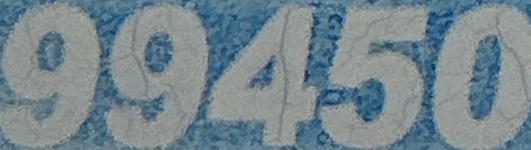
99450